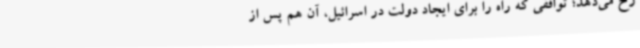
رخ می‌دهد؛ توافقی که راه را برای ایجاد دولت در اسرائیل، آن هم پس از